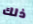
ذلك